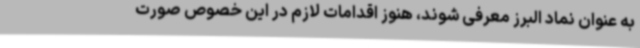
به عنوان نماد البرز معرفی شوند، هنوز اقدامات لازم در این خصوص صورت